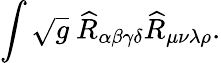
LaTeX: \int\sqrt{g}~\widehat{R}_{\alpha\beta\gamma\delta}\widehat{R}_{\mu\nu\lambda\rho}.